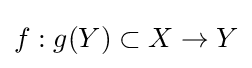
f:g(Y)\subset X\to Y